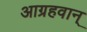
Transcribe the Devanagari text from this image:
आग्रहवान्‌